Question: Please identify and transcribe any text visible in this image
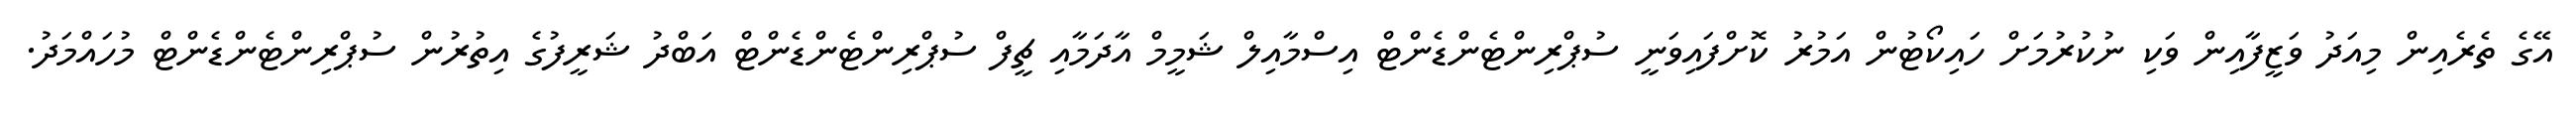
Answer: އޭގެ ތެރެއިން މިއަދު ވަޒީފާއިން ވަކި ނުކުރުމަށް ހައިކޯޓުން އަމުރު ކޮށްފައިވަނީ ސުޕްރިންޓެންޑެންޓް އިސްމާއިލް ޝަމީމް އާދަމާއި ޗީފް ސުޕްރިންޓެންޑެންޓް އަބްދު ޝަރީފުގެ އިތުރުން ސުޕްރިންޓެންޑެންޓް މުހައްމަދު.